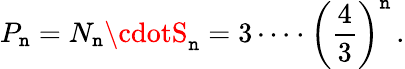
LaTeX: P_{\mathtt{n}}=N_{\mathtt{n}}\cdotS_{\mathtt{n}}=3\cdots\cdot{\left({\frac{{4}}{{3}}}\right)}^{\mathtt{n}}\, .